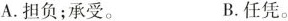
A.担负；承受。 B.任凭。